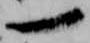
一